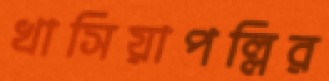
খাসিয়াপল্লির